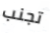
تجنب